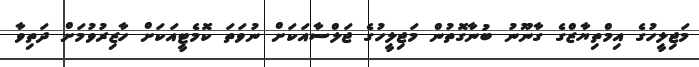
މަޖިލީހުގެ އިމްތިޔާޒްގެ ގާނޫނު ބުނާގޮތުން މަޖިލީހުގެ ޖަލްސާއަކަށް ނުވަތަ ކޮމެޓީއަކަށް ހާޒިރުވުމަށް ދަތިވާ